Annual report of the Punjab Veterinary College and of the Civil Veterinary Department, Punjab - 1920-1925
Year: 1920
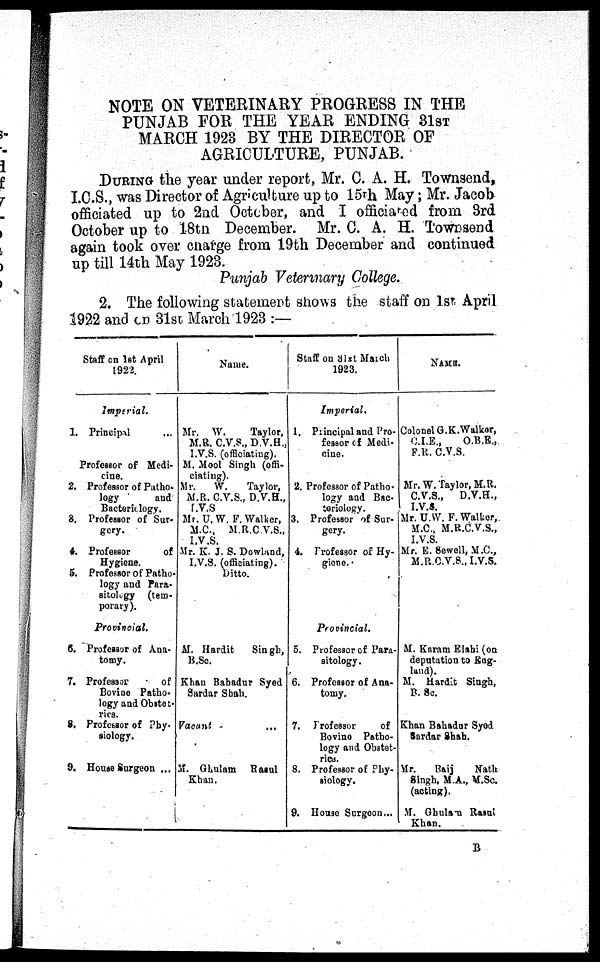
NOTE ON VETERINARY PROGRESS IN THE
PUNJAB FOR THE YEAR ENDING 31ST
MARCH 1923 BY THE DIRECTOR OF
AGRICULTURE, PUNJAB.
DURING the year under report, Mr. C. A. H. Townsend,
I.C.S., was Director of Agriculture up to 15th May; Mr. Jacob
officiated up to 2nd October, and I officiated from 3rd
October up to 18th December. Mr. C. A. H. Townsend
again took over charge from 19th December and continued
up till 14th May 1923.
Punjab Veterinary College.
2. The following statement shows the staff on 1st April
1922 and on 31st March 1923 :—
St aff on 1st April
1922.
Imperial.
1. Principal . . .
Professor of Medi -
cine.
2. Professor of Patho-
l ogy
and
Bacteriology.
3. Professor of Sur-
gery.
4. Professor of
Hygiene.
5. Professor of Patho-
l ogy and Para-
sitology (tem-
porary).
Provincial.
6. Professor of Ana-
tomy.
7. Professor of
Bovi ne Patho-
l ogy and Obstet-
rics.
8. Professor of Phy-
siology.
9. House Surgeon ...
Name.
Mr. W. Taylor,
M. R. C. V. S. , D. V. H. ,
I. V. S. (officiating).
M. Mool Si ngh (offi -
ciating).
Mr. W. Taylor,
M. R. C. V. S. , D. V. H. ,
I.V.S
Mr. U. W. F. Walker,
M. C. , M. R. C. V. S. ,
I.V.S.
Mr. K. J. S. Dowl and,
I.V.S. (officiating). Ditto.
M. Hardit Singh,
B. Sc.
Khan Bahadur Syed
Sardar Shah.
Vacunt ...
M. Ghul am Rasul
Khan.
St aff on 31st March
1923.
Imperial.
1. Principal and Pro-
fessor of Medi -
cine.
2. Professor of Patho-
l ogy and Bac-
teriology.
3. Professor of Sur-
gery.
4. Professor of Hy-
giene.
Provincial.
5. Professor of Para-
sitology.
6. Professor of Ana-
tomy.
7. Professor of
Bovi ne Patho-
l ogy and Obstet-
rics.
8. Professor of Phy-
siology.
9. House Surgeon. . .
NAME.
Col onel G. K. Walker,
C.I.E., O. B. E. ,
F. R. C. V. S.
.
Mr. W. Taylor, M. R.
C. V. S. , D. V. H. ,
I. V. S.
Mr. U. W. F. Walker,
M. C. , M. R. C. V. S. ,
I. V. S.
Mr. E. Sewell, M. C. ,
M. R. C. V. S. , I.V.S.
M. Karam Elahi (on
deputation to Eng-
land).
M. Hardit Singh,
B. Sc.
Khan Bahadur Syed
Sardar Shah.
Mr. Baij Nat h
Singh, M. A. , M. Sc.
(acting).
M. Ghulam Rasal
Khan.
B